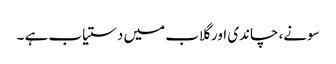
سونے، چاندی اور گلاب میں دستیاب ہے ۔